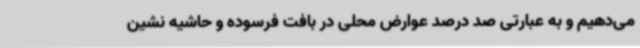
می‌دهیم و به عبارتی صد درصد عوارض محلی در بافت فرسوده و حاشیه نشین